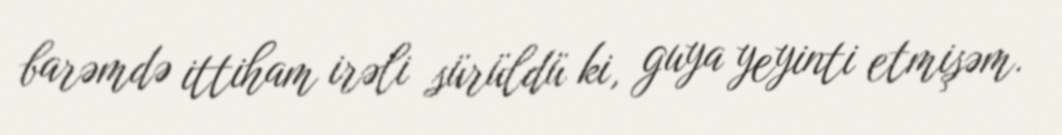
barəmdə ittiham irəli sürüldü ki, guya yeyinti etmişəm.